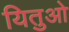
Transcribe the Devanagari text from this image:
यितुओ